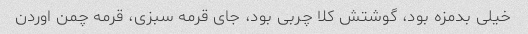
خیلی بدمزه بود، گوشتش کلا چربی بود، جای قرمه سبزی، قرمه چمن اوردن